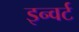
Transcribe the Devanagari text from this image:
इन्वर्ट